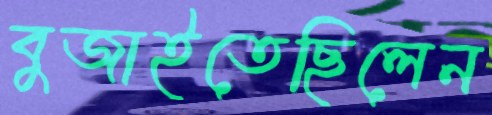
বুজাইতেছিলেন